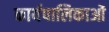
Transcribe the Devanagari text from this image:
कार्यपालिकाओं